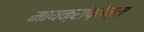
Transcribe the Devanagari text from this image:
मायक्रोफ़ोन्स